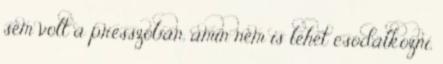
sem volt a presszóban, amin nem is lehet csodálkozni,